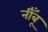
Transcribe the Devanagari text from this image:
नीँबू